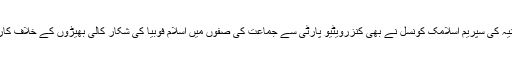
گذشتہ جمعرات کو برطانیہ کی سپریم اسلامک کونسل نے بھی کنزرویٹیو پارٹی سے جماعت کی صفوں میں اسلام فوبیا کی شکار کالی بھیڑوں کے خلاف کارروائی کا مطالبہ کیا تھا۔